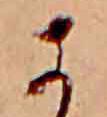
に